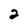
Character: 2